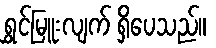
ရွှင်မြူးလျက် ရှိပေသည်။